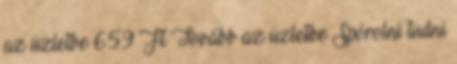
az üzletbe 659 Ft Tovább az üzletbe Spórolni tudni